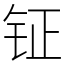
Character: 钲